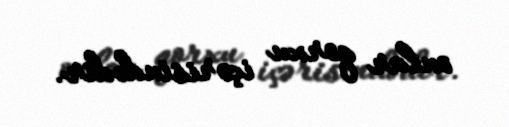
onlar qorxu içərisindədir.